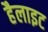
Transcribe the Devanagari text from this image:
हैलाइट